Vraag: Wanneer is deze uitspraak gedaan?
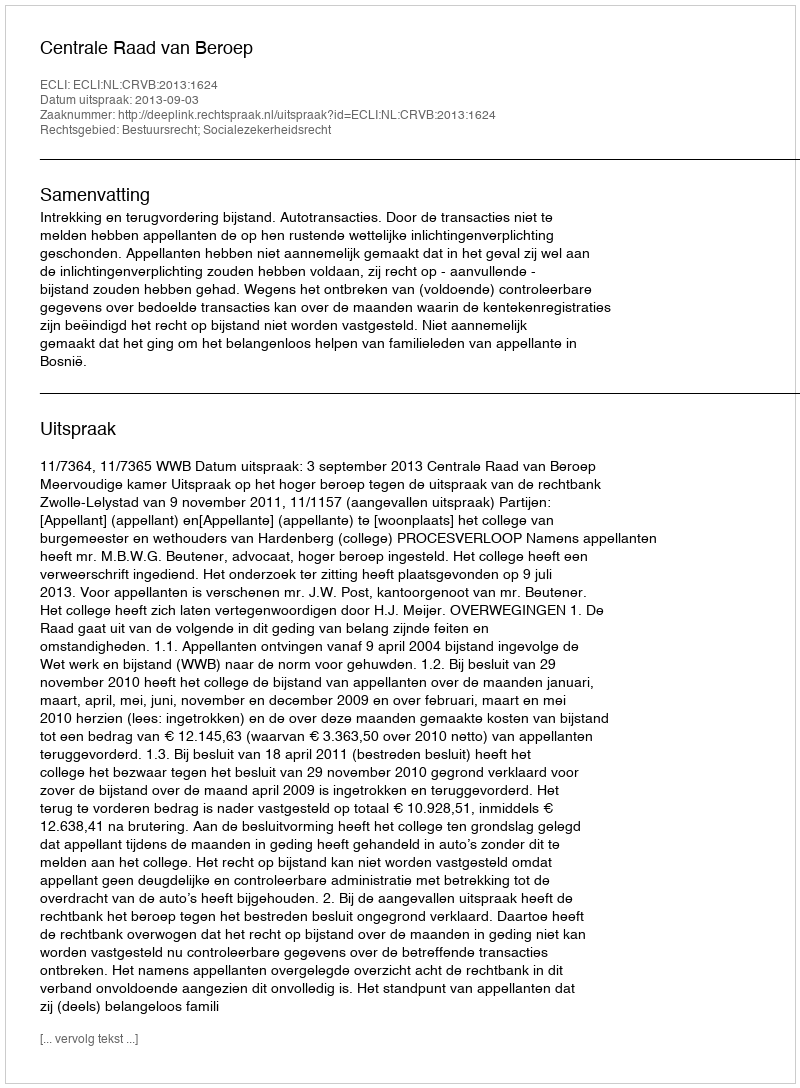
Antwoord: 2013-09-03